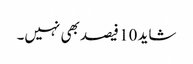
شاید 10 فیصد بھی نہیں۔